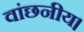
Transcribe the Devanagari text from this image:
वांछनीय।